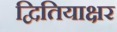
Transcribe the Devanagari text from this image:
द्वितियाक्षर